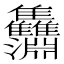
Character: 𩁵